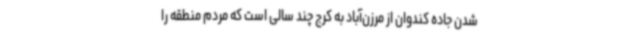
شدن جاده کندوان از مرزن‌آباد به کرج چند سالی است که مردم منطقه را